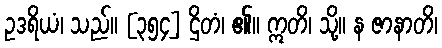
ဥဒရိယံ၊ သည်။ [၃၅၄] ဌိတံ၊ ၏။ ဣတိ၊ သို့။ န ဇာနာတိ၊